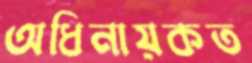
অধিনায়কত